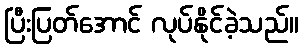
ပြီးပြတ်အောင် လုပ်နိုင်ခဲ့သည်။